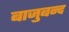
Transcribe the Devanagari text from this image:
बाजुबन्द